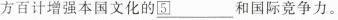
方百计增强本国文化的\underline{\boxed{5}}和国际竞争力。